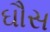
ઘૌસ